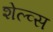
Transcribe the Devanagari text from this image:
शेल्व्स